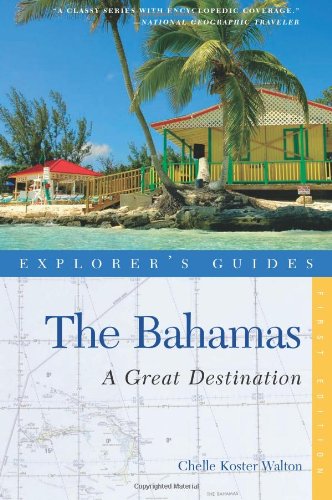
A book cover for Explorer's Guide Bahamas: A Great Destination (Explorer's Great Destinations); Chelle Koster-Walton; Travel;